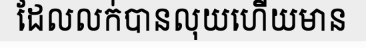
ដែលលក់បានលុយហើយមាន